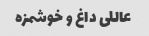
عاللی داغ و خوشمزه